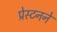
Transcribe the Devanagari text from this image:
प्रेस्टनने